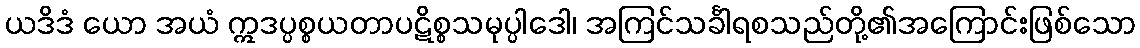
ယဒိဒံ ယော အယံ ဣဒပ္ပစ္စယတာပဋိစ္စသမုပ္ပါဒေါ၊ အကြင်သင်္ခါရစသည်တို့၏အကြောင်းဖြစ်သော